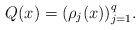
LaTeX: \begin{align*}Q(x) = (\rho_j(x))_{j=1}^q.\end{align*}